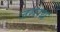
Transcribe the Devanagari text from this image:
जसरथ